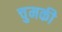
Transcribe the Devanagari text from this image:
चुमकी